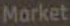
Market